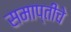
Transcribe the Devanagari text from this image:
समाप्तीचे